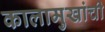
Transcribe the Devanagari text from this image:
कालामुखांची